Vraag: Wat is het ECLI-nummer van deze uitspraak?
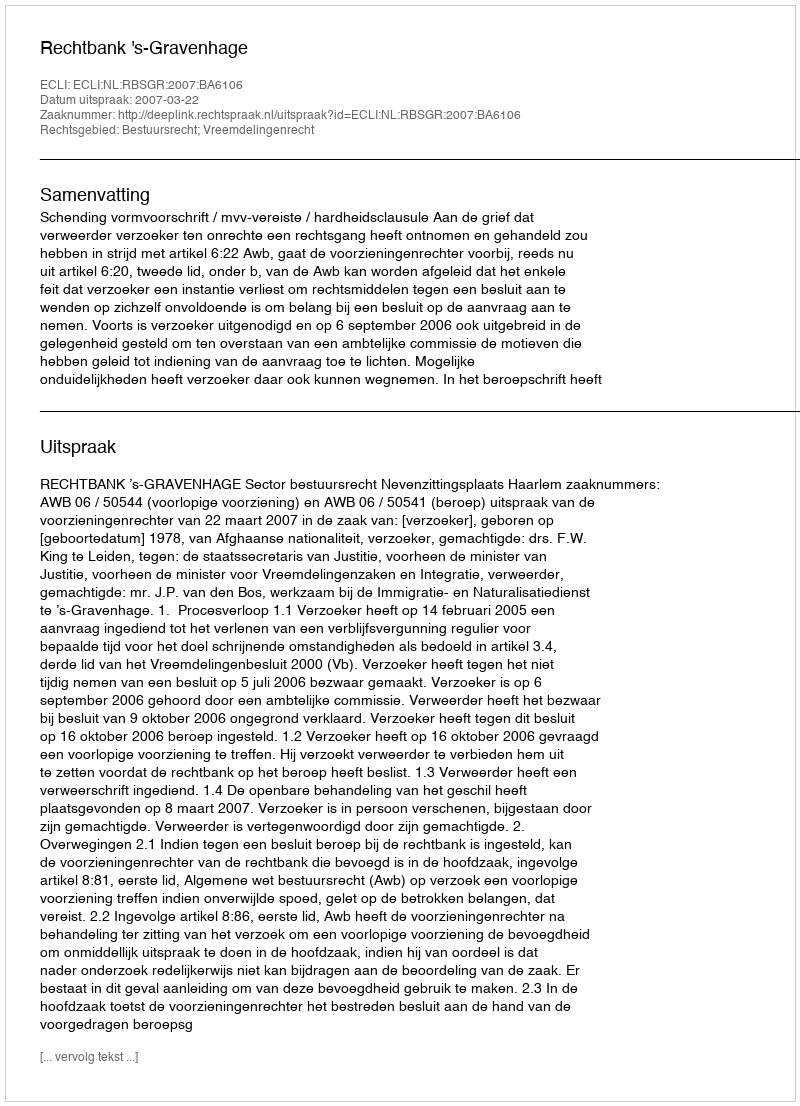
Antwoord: ECLI:NL:RBSGR:2007:BA6106